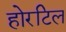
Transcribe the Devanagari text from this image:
होरटिल